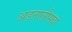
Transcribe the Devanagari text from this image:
अड़तालीसवां